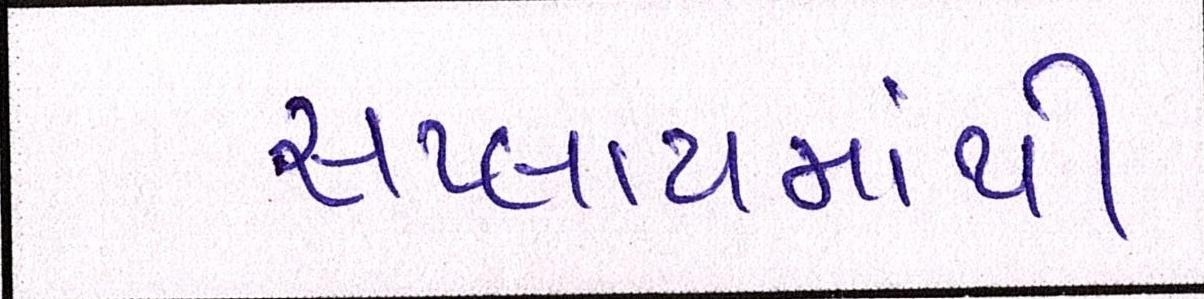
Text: સપ્લાયમાંથી